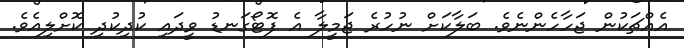
އެއްޗަކުން ޖަހާހެންނެވެ. ބަލާކަށް ނުހުރެ ޖަމީލާ އެ ފޮޓޯގަނޑު ވީދައި ކުދިކުދި ކޮށްލިއެވެ.